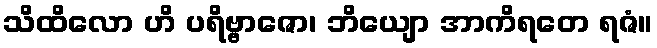
သိထိလော ဟိ ပရိဗ္ဗာဇော၊ ဘိယျော အာကိရတေ ရဇံ။